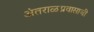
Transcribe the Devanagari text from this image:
अंतराळप्रवासाची